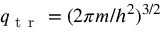
q _ { \mathrm { ~ t ~ r ~ } } = ( 2 \pi m / h ^ { 2 } ) ^ { 3 / 2 }